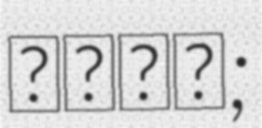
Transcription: نودر;